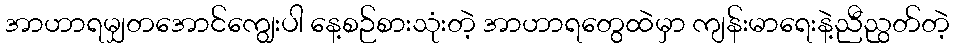
အာဟာရမျှတအောင်ကျွေးပါ နေ့စဉ်စားသုံးတဲ့ အာဟာရတွေထဲမှာ ကျန်းမာရေးနဲ့ညီညွတ်တဲ့